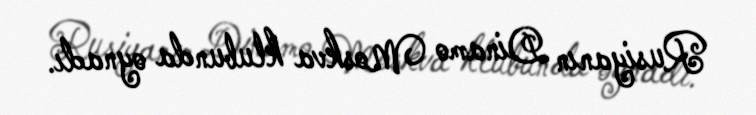
Rusiyanın Dinamo Moskva klubunda oynadı.